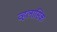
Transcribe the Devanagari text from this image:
व्हलासिक